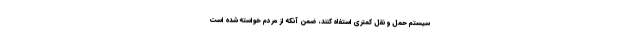
سیستم حمل و نقل کمتری استفاه کنند، ضمن آنکه از مردم خواسته شده است